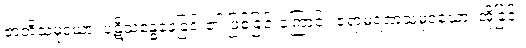
ဇာတိသမုဒယာ၊ ပဋိသန္ဓေနေခြင်း၏ ဖြစ်ခြင်းကြောင့်။ ဇရာမရဏသမုဒယော၊ အိုခြင်း